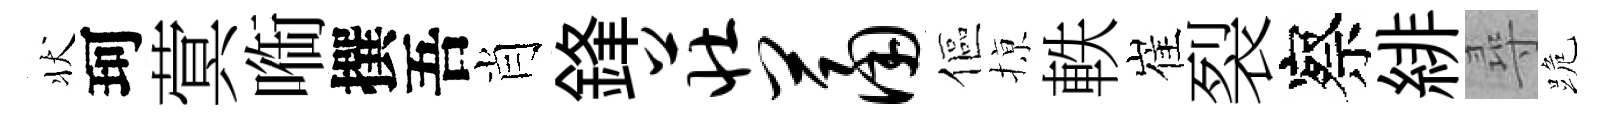
状珂蓂㗸撰吾肖鋒庄萧傴𢱊軼崔裂察緋尋跪